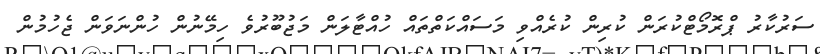
ސަރުކާރު ޕްރޮމޯޓްކުރަން ކުރިން ކުރެއްވި މަސައްކަތްތައް ހުއްޓާލަން މަޖުބޫރުވެ ހިމޭނުން ހުންނަވަން ޖެހުމުން